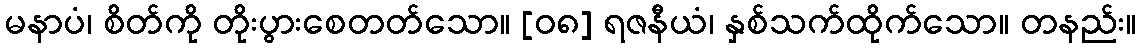
မနာပံ၊ စိတ်ကို တိုးပွားစေတတ်သော။ [၀၈] ရဇနီယံ၊ နှစ်သက်ထိုက်သော။ တနည်း။